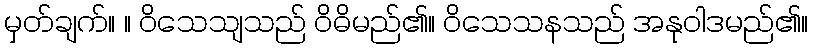
မှတ်ချက်။ ။ ဝိသေသျသည် ဝိဓိမည်၏။ ဝိသေသနသည် အနုဝါဒမည်၏။